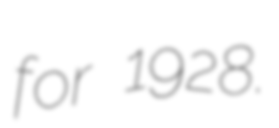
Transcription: for 1928.